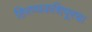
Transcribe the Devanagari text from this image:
हिरण्यकशिपूरचा